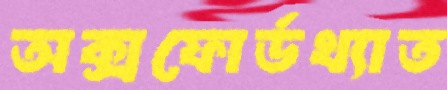
অক্সফোর্ডখ্যাত